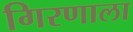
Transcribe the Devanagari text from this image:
गिरणाला